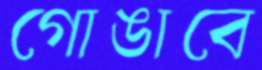
গোঙাবে